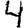
Digit: 4